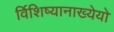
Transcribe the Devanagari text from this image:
र्विशिष्यानाख्येयो